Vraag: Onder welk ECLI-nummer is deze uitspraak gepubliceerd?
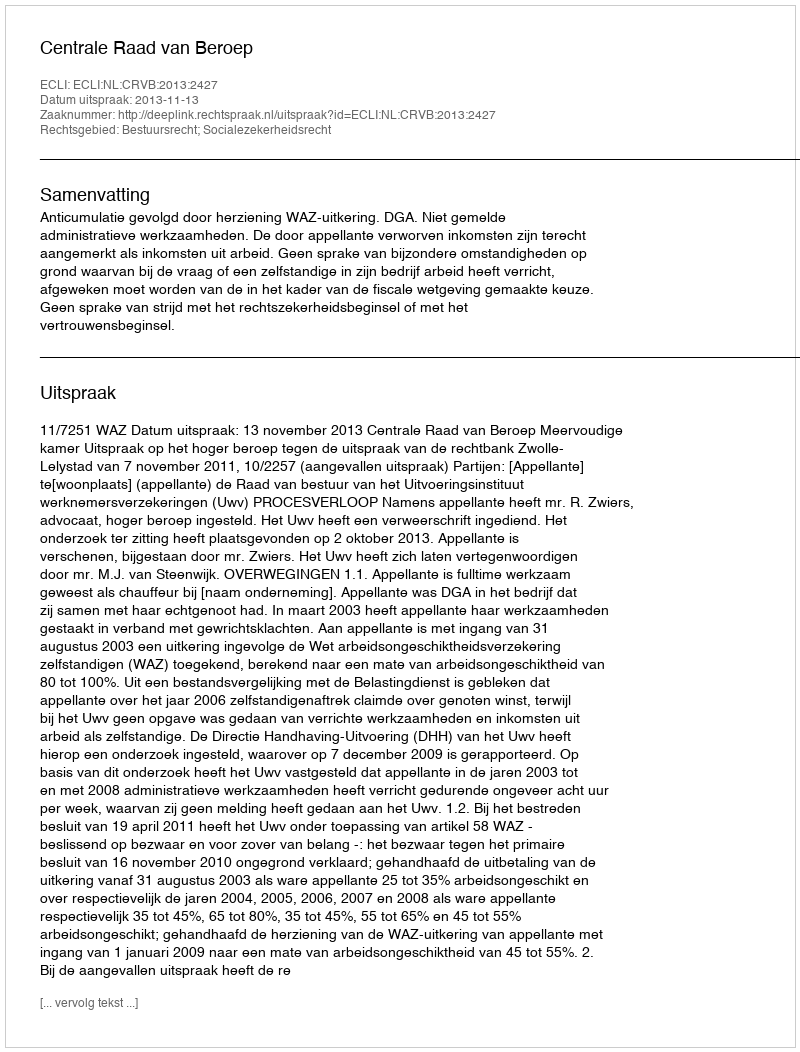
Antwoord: ECLI:NL:CRVB:2013:2427